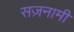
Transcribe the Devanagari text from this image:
सज़नामी